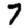
Digit: 7